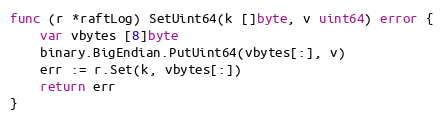
Language: Go
func (r *raftLog) SetUint64(k []byte, v uint64) error {
	var vbytes [8]byte
	binary.BigEndian.PutUint64(vbytes[:], v)
	err := r.Set(k, vbytes[:])
	return err
}